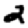
Digit: 2